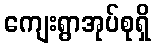
ကျေးရွာအုပ်စုရှိ